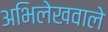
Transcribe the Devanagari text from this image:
अभिलेखवाले